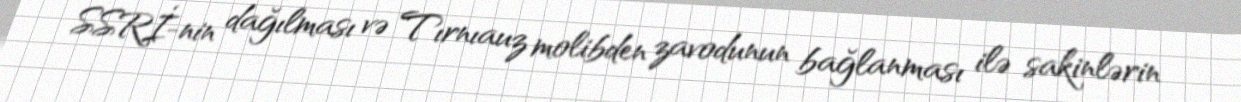
SSRİ-nin dağılması və Tırnıauz molibden zavodunun bağlanması ilə sakinlərin